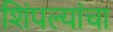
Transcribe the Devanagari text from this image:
शिंपल्यांचा